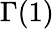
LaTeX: \Gamma(1)